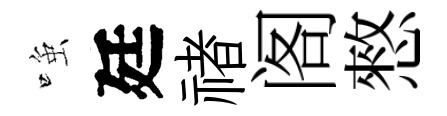
𫪻廷禇阁憗